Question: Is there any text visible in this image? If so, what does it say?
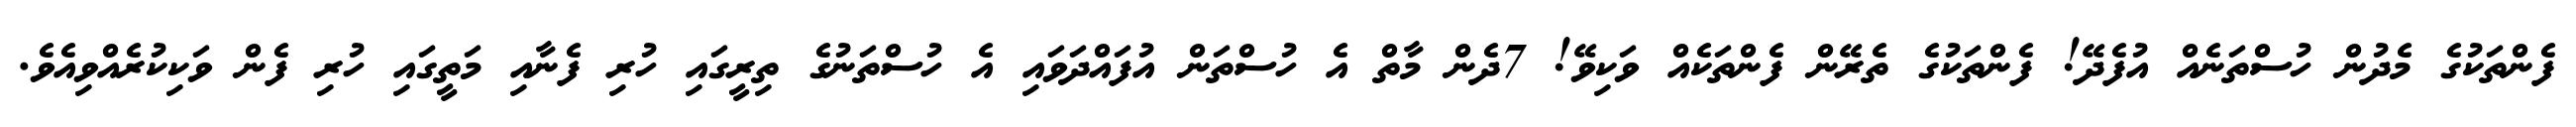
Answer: ފެންތަކުގެ މެދުން ހުސްތަނެއް އުފެދޭ! ފެންތަކުގެ ތެރޭން ފެންތަކެއް ވަކިވޭ! 7ދެން މާތް އެ ހުސްތަން އުފައްދަވައި އެ ހުސްތަނުގެ ތިރީގައި ހުރި ފެނާއި މަތީގައި ހުރި ފެން ވަކިކުރެއްވިއެވެ.